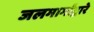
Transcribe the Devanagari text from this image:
जलमार्गांद्वारे